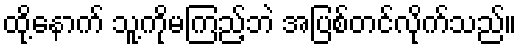
ထို့နောက် သူ့ကိုမကြည့်ဘဲ အပြစ်တင်လိုက်သည်။